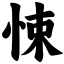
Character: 悚